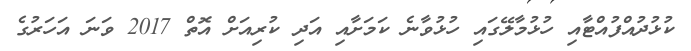
ކުޅުދުއްފުއްޓާއި ހުޅުމާލޭގައި ހުޅުވާނެ ކަމަށާއި އަދި ކުރިއަށް އޮތް 2017 ވަނަ އަހަރުގެ